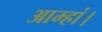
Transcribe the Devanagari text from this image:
आम्हां।